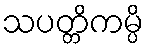
သပတ္တိကမ္ပိ